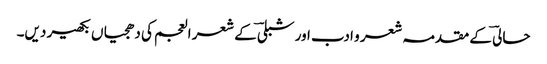
حالیؔ کے مقدمہ شعر و ادب اور شبلیؔ کے شعر العجم کی دھجیاں بکھیر دیں۔